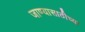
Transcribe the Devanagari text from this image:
जाण्यासाठीच्या